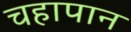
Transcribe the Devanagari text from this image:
चहापान